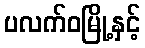
ပလက်ဝမြို့နှင့်